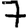
Digit: 7